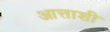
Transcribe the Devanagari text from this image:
आत्ताशी